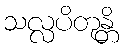
သလ္လပိတုန္တိ